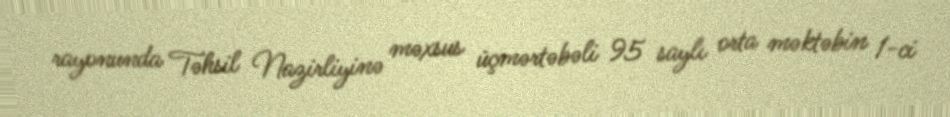
rayonunda Təhsil Nazirliyinə məxsus üçmərtəbəli 95 saylı orta məktəbin 1-ci